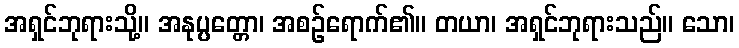
အရှင်ဘုရားသို့။ အနုပ္ပတ္တော၊ အစဉ်ရောက်၏။ တယာ၊ အရှင်ဘုရားသည်။ သော၊